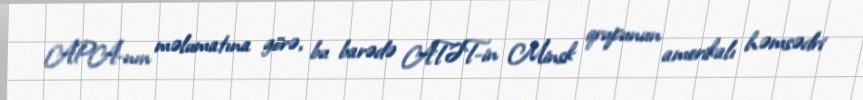
APA-nın məlumatına görə, bu barədə ATƏT-in Minsk qrupunun amerikalı həmsədri